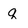
Character: q